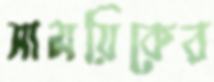
সাময়িকের